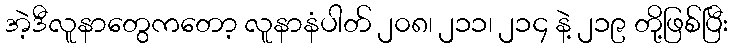
အဲ့ဒီလူနာတွေကတော့ လူနာနံပါတ် ၂၀၈၊ ၂၁၁၊ ၂၁၄ နဲ့ ၂၁၉ တို့ဖြစ်ပြီး